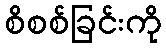
စိစစ်ခြင်းကို